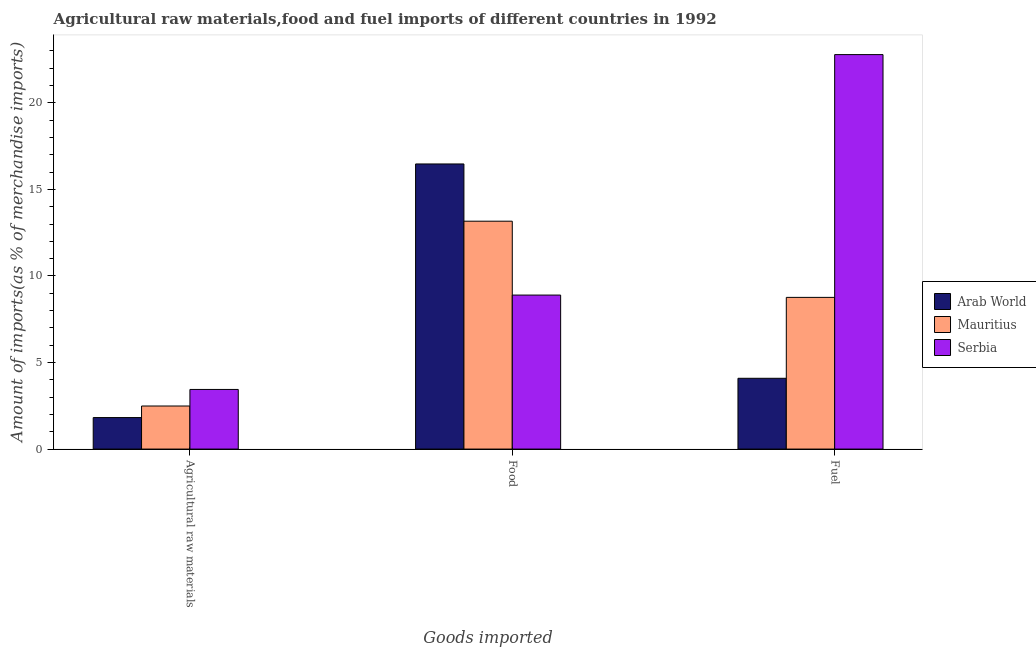
| Goods imported | Arab World | Mauritius | Serbia |
 | --- | --- | --- | --- |
 | Agricultural raw materials | 1.82 | 2.49 | 3.44 |
 | Food | 16.5 | 13.2 | 8.9 |
 | Fuel | 4.09 | 8.76 | 22.8 |